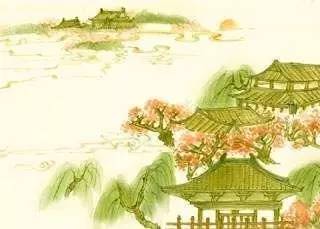
宠柳娇花寒食近，种种恼人天气。